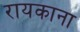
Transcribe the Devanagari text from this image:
रायकाना